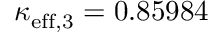
\kappa _ { \mathrm { e f f } , 3 } = 0 . 8 5 9 8 4